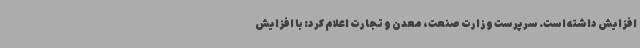
افزایش داشته است. سرپرست وزارت صنعت، معدن و تجارت اعلام کرد: با افزایش